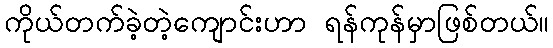
ကိုယ်တက်ခဲ့တဲ့ကျောင်းဟာ ရန်ကုန်မှာဖြစ်တယ်။